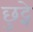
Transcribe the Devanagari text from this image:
छुट्ने